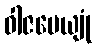
ဝါဇပေယျုံ